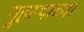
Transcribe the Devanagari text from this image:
गृ्हस्थाच्या